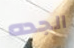
الجده